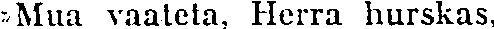
»Mua vaateta, Herra hurskas,